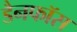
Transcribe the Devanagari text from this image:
डैनफॉस